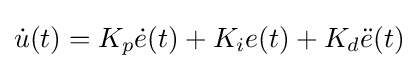
{\dot {u}}(t)=K_{p}{\dot {e}}(t)+K_{i}e(t)+K_{d}{\ddot {e}}(t)